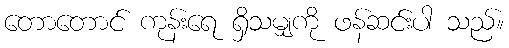
တောတောင် ကုန်းရေ ရှိသမျှကို ဖန်ဆင်းပါ သည်။